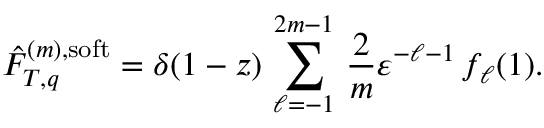
\hat { \cal F } _ { T , q } ^ { ( m ) , \mathrm { s o f t } } = \delta ( 1 - z ) \, \sum _ { \ell = - 1 } ^ { 2 m - 1 } \, \frac { 2 } { m } \varepsilon ^ { - \ell - 1 } \, f _ { \ell } ( 1 ) .